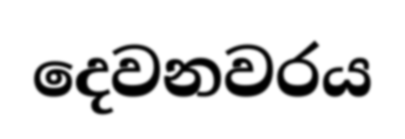
දෙවනවරය